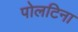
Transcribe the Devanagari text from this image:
पोलटिना